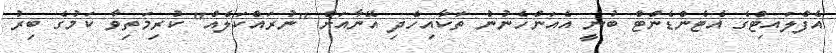
އެފްލައިޓްގެ އެޓެންޑެންޓް ބުނީ އެއަންހެނުން ތަކާއިހެދި އޭނާއަށް "ނުރައްކަލެއް" ކުރިމަތިވާ ކަމުގެ ބިރު